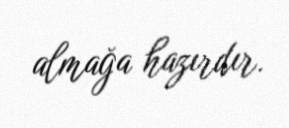
almağa hazırdır.